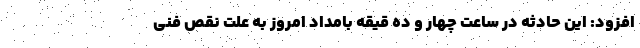
افزود: این حادثه در ساعت چهار و ده قیقه بامداد امروز به علت نقص فنی